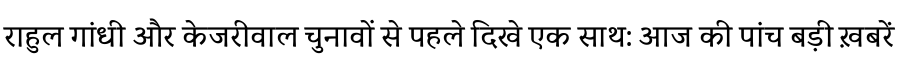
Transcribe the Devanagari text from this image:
राहुल गांधी और केजरीवाल चुनावों से पहले दिखे एक साथ: आज की पांच बड़ी ख़बरें